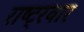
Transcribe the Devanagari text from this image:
राष्ट्रवार